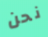
نحن